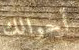
أحوالك